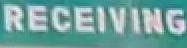
recieving